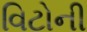
વિટોની